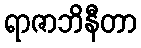
ရာဇာဘိနီတာ